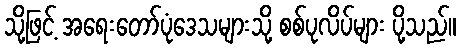
သို့ဖြင့် အရေးတော်ပုံဒေသများသို့ စစ်ပုလိပ်များ ပို့သည်။